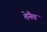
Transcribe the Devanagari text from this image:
तेनैव